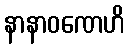
နာနာဝဏေဟိ